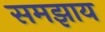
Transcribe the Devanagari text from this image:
समझाय